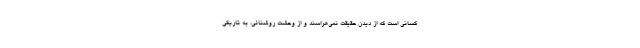
کسانی است که از دیدن حقیقت نمی‌هراسند و از وحشت روشنائی، به تاریکی